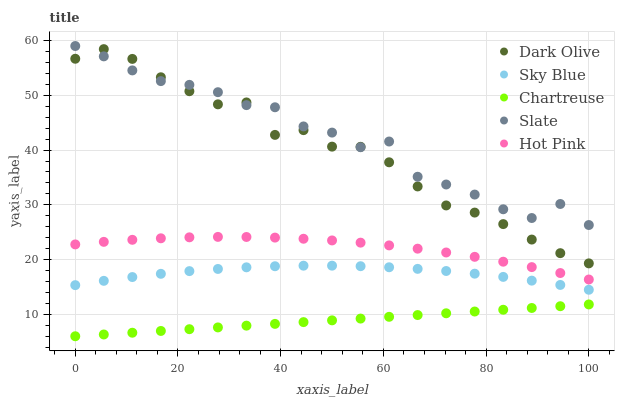
| xaxis_label | Dark Olive | Sky Blue | Chartreuse | Slate | Hot Pink |
 | --- | --- | --- | --- | --- | --- |
 | 0 | 56.7 | 15.3 | 6 | 59 | 22.8 |
 | 5.56 | 58.4 | 16.1 | 6.32 | 57.1 | 23.2 |
 | 11.1 | 56.6 | 16.8 | 6.65 | 54.5 | 23.6 |
 | 16.7 | 53.3 | 17.4 | 6.97 | 52.6 | 23.9 |
 | 22.2 | 50.7 | 17.9 | 7.29 | 51.9 | 24.1 |
 | 27.8 | 48.4 | 18.3 | 7.61 | 50.6 | 24.1 |
 | 33.3 | 48.7 | 18.6 | 7.94 | 48.2 | 24.1 |
 | 38.9 | 42.8 | 18.8 | 8.26 | 47.8 | 24 |
 | 44.4 | 43.6 | 18.9 | 8.58 | 44.3 | 23.8 |
 | 50 | 40.6 | 18.9 | 8.9 | 43.2 | 23.5 |
 | 55.6 | 40.6 | 18.8 | 9.23 | 40.5 | 23.1 |
 | 61.1 | 37.8 | 18.6 | 9.55 | 41.6 | 22.6 |
 | 66.7 | 33.4 | 18.3 | 9.87 | 35.1 | 22 |
 | 72.2 | 29.9 | 17.9 | 10.2 | 33.7 | 21.3 |
 | 77.8 | 28.6 | 17.4 | 10.5 | 31.9 | 20.5 |
 | 83.3 | 26.5 | 16.8 | 10.8 | 29.2 | 19.6 |
 | 88.9 | 23.7 | 16.2 | 11.2 | 27.6 | 18.6 |
 | 94.4 | 21.2 | 15.4 | 11.5 | 30.2 | 17.5 |
 | 100 | 19.3 | 14.5 | 11.8 | 26.3 | 16.4 |